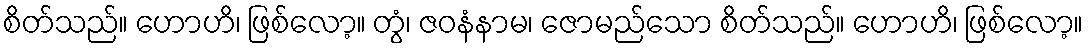
စိတ်သည်။ ဟောဟိ၊ ဖြစ်လော့။ တွံ၊ ဇဝနံနာမ၊ ဇောမည်သော စိတ်သည်။ ဟောဟိ၊ ဖြစ်လော့။